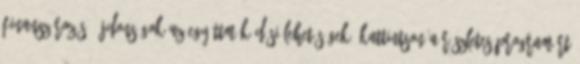
finanszírozás, újdonságok az együttműködési lehetőségek. Kattintson a részletes programért